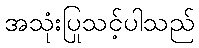
အသုံးပြုသင့်ပါသည်